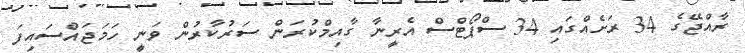
ރާއްޖޭގެ 34 ރަށެއްގައި 34 ސްޕޯޓްސް އެރީނާ ގާއިމްކުރަން ސަރުކާރުން ވަނީ ހަމަޖައްސައިފަ